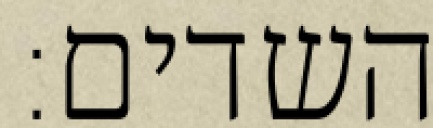
השדים: